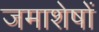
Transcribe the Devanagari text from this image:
जमाशेषों